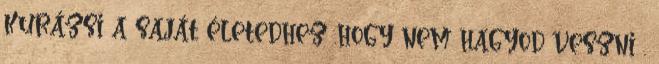
KURÁZSI A SAJÁT ÉLETEDHEZ .HOGY NEM HAGYOD VESZNI .